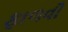
ફાળવી